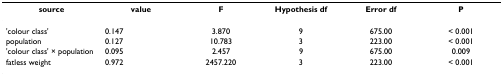
<table><thead><tr><td><b>source</b></td><td><b>value</b></td><td><b>F</b></td><td><b>Hypothesis df</b></td><td><b>Error df</b></td><td><b>P</b></td></tr></thead><tbody><tr><td>&#x27;colour class&#x27;</td><td>0.147</td><td>3.870</td><td>9</td><td>675.00</td><td>&lt; 0.001</td></tr><tr><td>population</td><td>0.127</td><td>10.783</td><td>3</td><td>223.00</td><td>&lt; 0.001</td></tr><tr><td>&#x27;colour class&#x27; × population</td><td>0.095</td><td>2.457</td><td>9</td><td>675.00</td><td>0.009</td></tr><tr><td>fatless weight</td><td>0.972</td><td>2457.220</td><td>3</td><td>223.00</td><td>&lt; 0.001</td></tr></tbody></table>